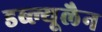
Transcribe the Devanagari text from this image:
डब्ल्यूलैन